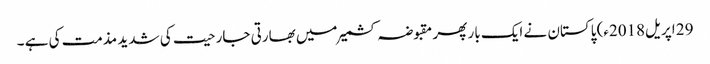
29 اپریل2018ء) پاکستان نے ایک بار پھر مقبوضہ کشمیر میں بھارتی جارحیت کی شدید مذمت کی ہے ۔